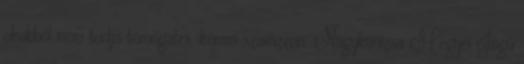
okokból nem tudja támogatni, kérem szavazzon. Nagykanizsa Megyei Jogú